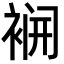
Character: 𮖌